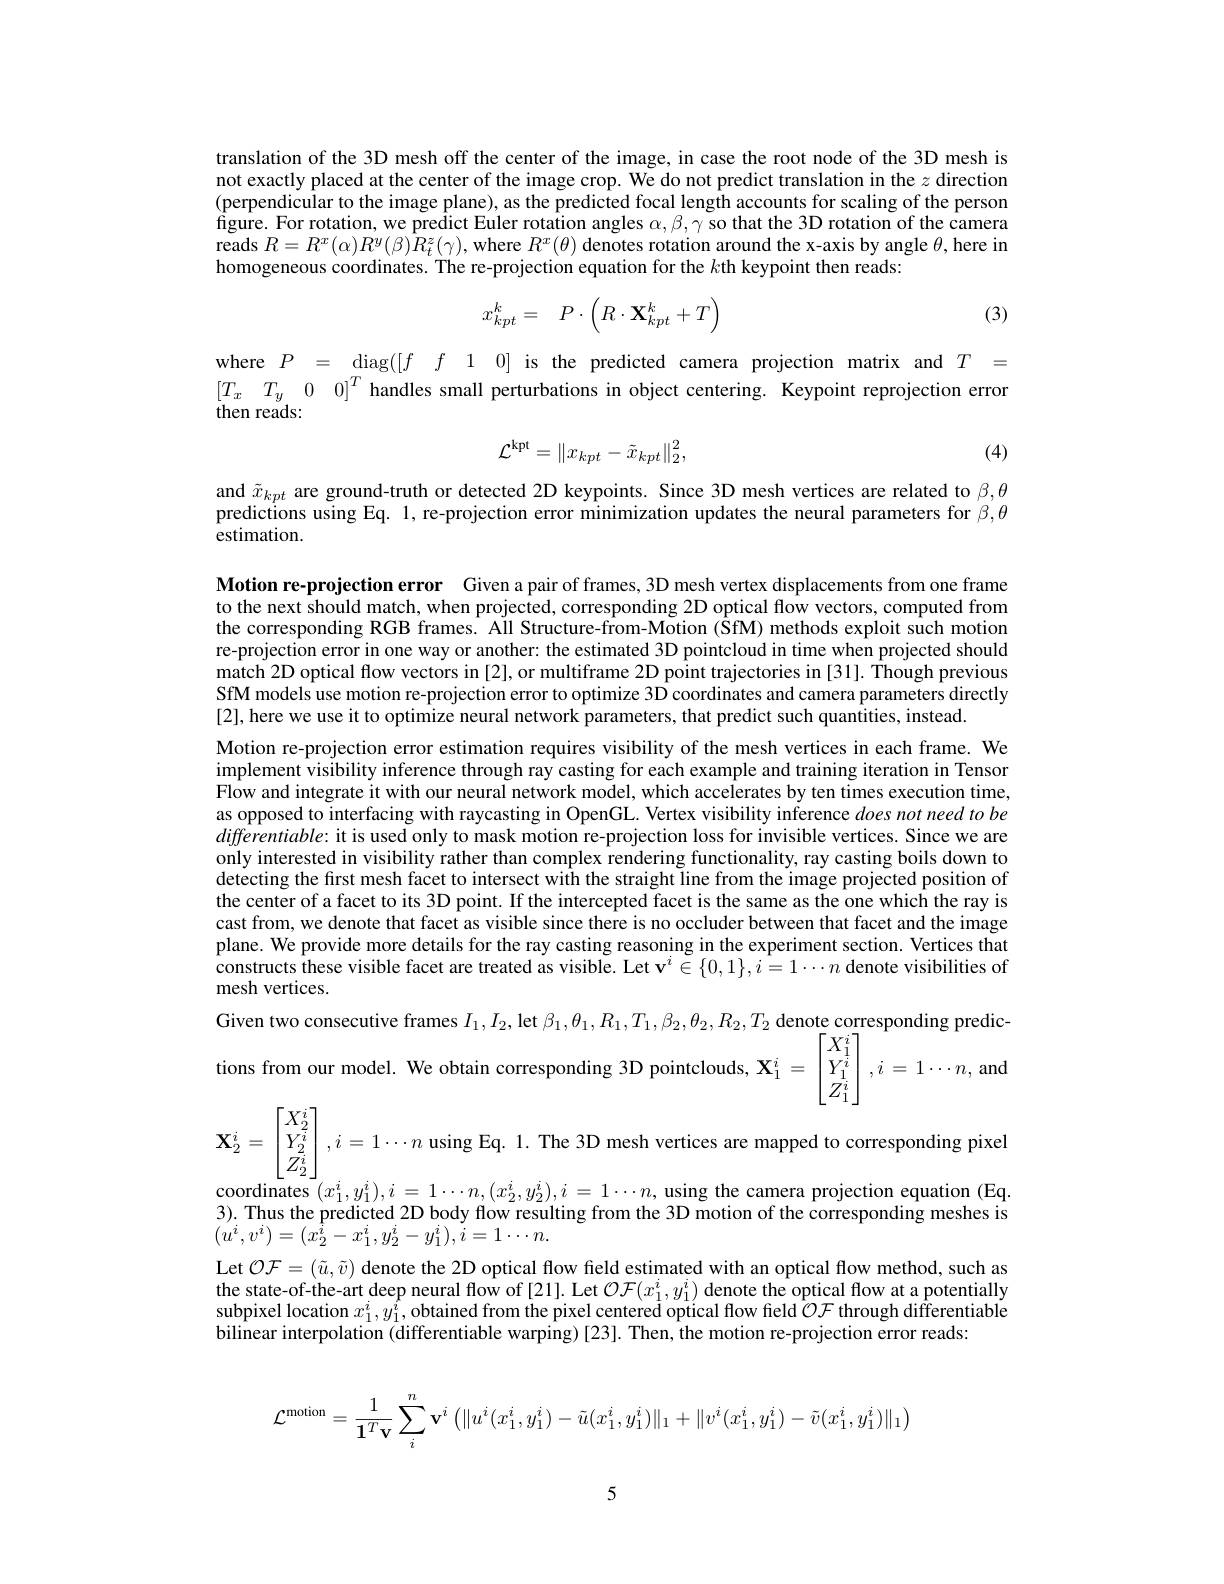
translation of the 3D mesh off the center of the image, in case the root node of the 3D mesh is not exactly placed at the center of the image crop. We do not predict translation in the $z$ direction $(\dot{\text{perpendicular to the image plane), as the predicted focal length accounts for scaling of the person}}$ $\hat{\text{figure. For rotation, we predict Euler rotation angles }\alpha,\beta,\gamma\tilde{\text{so that the 3D rotation of the camera}}}$ reads $R=R^x(\alpha)R^y(\beta)\bar{R}_t^z(\gamma)$, where $R^x(\theta)$ denotes rotation around the x-axis by angle $\theta$,here in homogeneous coordinates. The re-projection equation for the $k$th keypoint then reads

(3)
$$x_{kpt}^k=\quad P\cdot\left(R\cdot\mathbf{X}_{kpt}^k+T\right)$$
$\begin{array}{lcl}\mathrm{where~}P&=&\mathrm{diag}([f\: f\:1\:0]\:\mathrm{is~the~predicted~camera~projection~matrix~and~}T&=\\[T_{x}\: T_{y}\:0\:0]^{T}\:\mathrm{handles~small~perturbations~in~object~centering.~Keypoint~reprojection~error}\end{array}$

(4)
$$\mathcal{L}^{\mathrm{kpt}}=\|x_{kpt}-\tilde{x}_{kpt}\|_{2}^{2},$$
and $\tilde{x}_{kpt}$ are ground-truth or detected 2D keypoints. Since 3D mesh vertices are related to $\beta,\theta$ predictions using Eq. 1, re-projection error minimization updates the neural parameters for $\beta,\theta$ estimation.

Motion re-projection error Given a pair of frames, 3D mesh vertex displacements from one frame to the next should match, when projected, corresponding 2D optical flow vectors, computed from the corresponding RGB frames. All Structure-from-Motion (SfM) methods exploit such motion re-projection error in one way or another: the estimated 3D pointcloud in time when projected should match 2D optical flow vectors in [2], or multiframe 2D point trajectories in [31]. Though previous SfM models use motion re-projection error to optimize 3D coordinates and camera parameters directly [2],here we use it to optimize neural network parameters, that predict such quantities, instead
Motion re-projection error estimation requires visibility of the mesh vertices in each frame. We implement visibility inference through ray casting for each example and training iteration in Tensor Flow and integrate it with our neural network model, which accelerates by ten times execution time, as opposed to interfacing with raycasting in OpenGL. Vertex visibility inference does not need to be differentiable: it is used only to mask motion re-projection loss for invisible vertices. Since we are only interested in visibility rather than complex rendering functionality, ray casting boils down to detecting the first mesh facet to intersect with the straight line from the image projected position of the center of a facet to its 3D point. If the intercepted facet is the same as the one which the ray is cast from, we denote that facet as visible since there is no occluder between that facet and the image plane. We provide more details for the ray casting reasoning in the experiment section. Vertices that constructs these visible facet are treated as visible. Let $\mathbf{v}^i\in\{0,1\},i=1\cdots n$ denote visibilities of mesh vertices.
Given two consecutive frames $I_1,I_2$, let $\beta_1,\theta_1,R_1,T_1,\beta_2,\theta_2,R_2,T_2$ denote corresponding predicions from our model. We obtain corresponding 3D pointclouds, $\mathbf{X}_1^i=\begin{bmatrix}X_1^i\\Y_1^i\\Z_1^i\end{bmatrix},i=1\cdots n$, an $\mathbf{X}_2^i=\begin{bmatrix}X_2^i\\Y_2^i\\Z_2^i\end{bmatrix},i=1\cdots n$ using Eq. 1. The 3D mesh vertices are mapped to corresponding pixel coordinates $(x_1^i,y_1^i),i=1\cdots n,(x_2^i,y_2^i),i=1\cdots n$, using the camera projection equation (Eq 3). Thus the predicted 2D body flow resulting from the 3D motion of the corresponding meshes is $(u^{i},v^{i})=(x_{2}^{\hat{i}}-x_{1}^{i},y_{2}^{i}-y_{1}^{i}),\dot{i}=1\cdots n.$
Let $\mathcal{O} \mathcal{F} = ( \tilde{u} , \tilde{v} )$ denote the 2D optical flow feld estimated with an optical flow method, such as the state-of-the-art deep neural flow of [21]. Let $\mathcal{OF}(x_1^i,y_1^i)$ denote the optical flow at a potentially subpixel location $x_1^i,y_1^i$, obtained from the pixel centered optical flow field $\hat{\mathcal{O}}\mathcal{F}$ through differentiable bilinear interpolation (differentiable warping) [23]. Then, the motion re-projection error reads:
$$\mathcal{L}^{\text{motion}}=\dfrac{1}{\mathbf1^T\mathbf v}\sum_i^n\mathbf v^i\left(\|u^i(x_1^i,y_1^i)-\tilde u(x_1^i,y_1^i)\|_1+\|v^i(x_1^i,y_1^i)-\tilde v(x_1^i,y_1^i)\|_1\right)$$
5